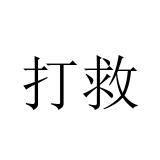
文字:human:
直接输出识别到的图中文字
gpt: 打救